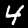
Digit: 4